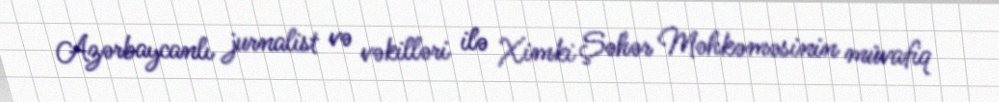
Azərbaycanlı jurnalist və vəkilləri ilə Ximki Şəhər Məhkəməsinin müvafiq